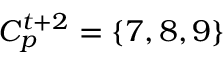
C _ { p } ^ { t + 2 } = \{ 7 , 8 , 9 \}